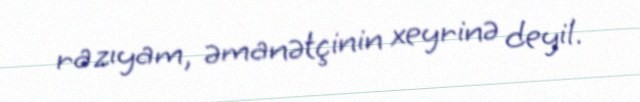
razıyam, əmanətçinin xeyrinə deyil.